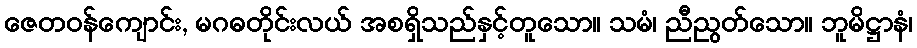
ဇေတဝန်ကျောင်း, မဂဓတိုင်းလယ် အစရှိသည်နှင့်တူသော။ သမံ၊ ညီညွတ်သော။ ဘူမိဋ္ဌာနံ၊